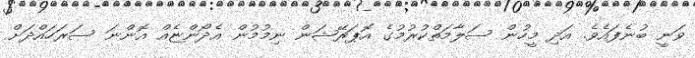
ވަނީ ބުނެފައެވެ. އަދި މީހުން ސަލާމަތްކުރުމުގެ އޮޕަރޭޝަން ނިމުމުން އެދޯންޏެއް އޮންނަ ސަރަހައްދަށް